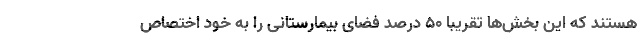
هستند که این بخش‌ها تقریبا ۵۰ درصد فضای بیمارستانی را به خود اختصاص